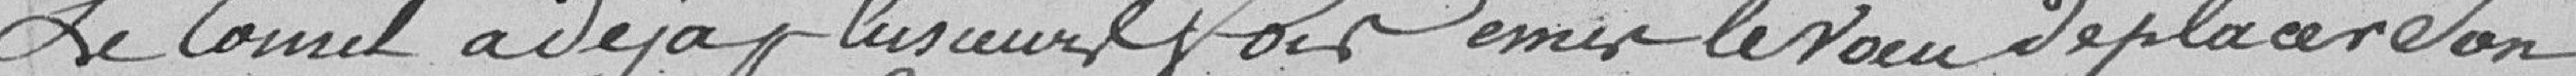
Le Conseil a déjà plusieurs fois émis le voeu de placer son